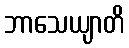
ဘာသေယျာတိ